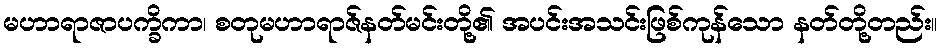
မဟာရာဇာပက္ခိကာ၊ စတုမဟာရာဇ်နတ်မင်းတို့၏ အပင်းအသင်းဖြစ်ကုန်သော နတ်တို့တည်း။